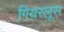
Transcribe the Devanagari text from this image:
गियरलूस